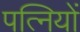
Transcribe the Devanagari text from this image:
पत्‍िनयों